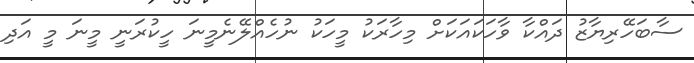
ސާބަހޭރިޔާޒު ދައްކާ ވާހަކައަކަށް މިހާރަކު މީހަކު ނުހެއްލޭނެމިީނަ ހީކުރަނީ މީނަ މީ އަދި